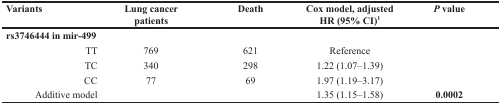
| Variants | Lung cancer patients | Death | Cox model, adjusted HR (95% CI)1 | P value |
 | --- | --- | --- | --- | --- |
 | rs3746444 in mir-499 |  |  |  |  |
 | TT | 769 | 621 | Reference |  |
 | TC | 340 | 298 | 1.22 (1.07–1.39) |  |
 | CC | 77 | 69 | 1.97 (1.19–3.17) |  |
 | Additive model |  |  | 1.35 (1.15–1.58) | 0.0002 |